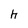
Character: h